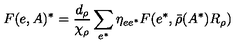
F ( e , A ) ^ { * } = \frac { d _ { \rho } } { \chi _ { \rho } } \sum _ { e ^ { * } } \eta _ { e e ^ { * } } F ( e ^ { * } , \bar { \rho } ( A ^ { * } ) R _ { \rho } )